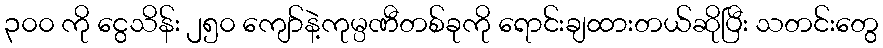
၃၀၀ ကို ငွေသိန်း ၂၅၀ ကျော်နဲ့ကုမ္ပဏီတစ်ခုကို ရောင်းချထားတယ်ဆိုပြီး သတင်းတွေ